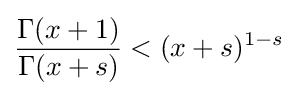
{\frac {\Gamma (x+1)}{\Gamma (x+s)}}<(x+s)^{1-s}